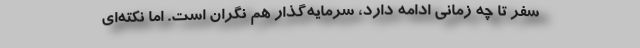
سفر تا چه زمانی ادامه دارد، سرمایه‌گذار هم نگران است. اما نکته‌ای